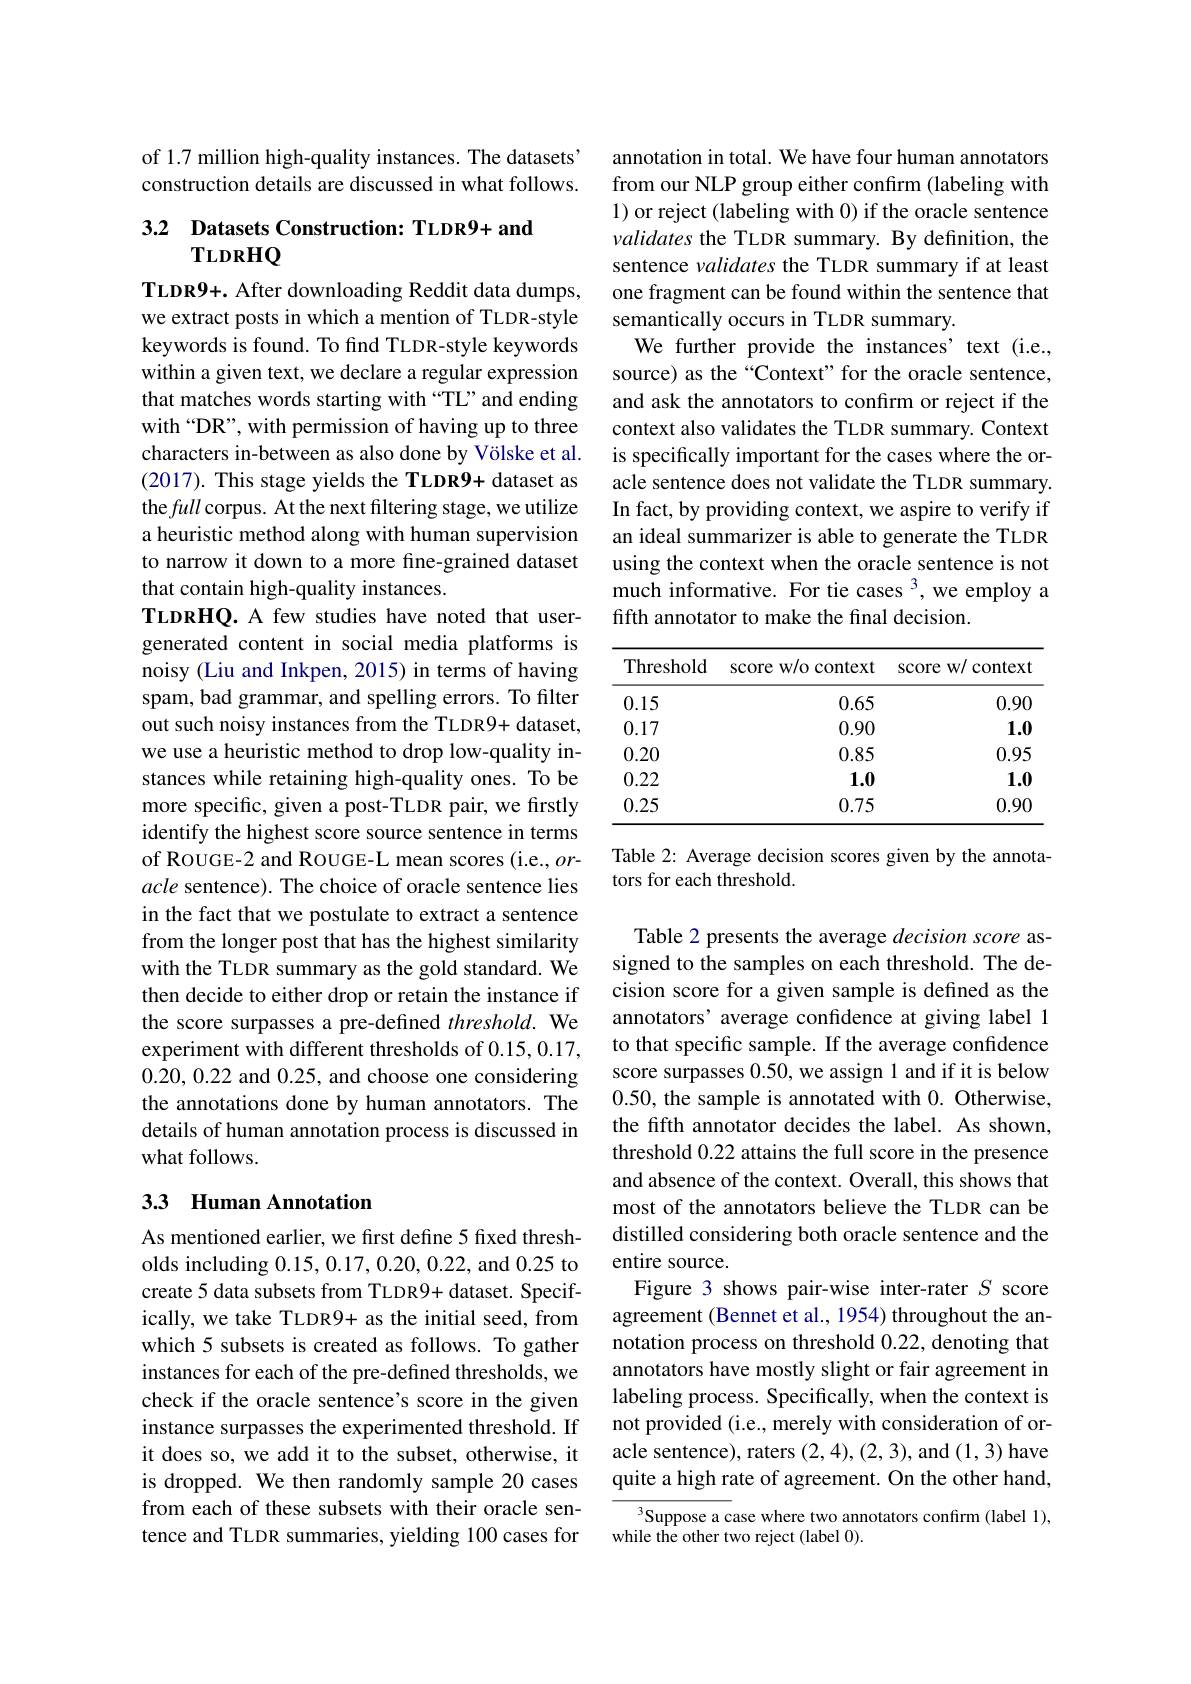
of 1.7 million high-quality instances. The datasets" construction details are discussed in what follows.

## 3.2 Datasets Construction: TLDR9+ and TLDRHQ

TLDR9+. After downloading Reddit data dumps, we extract posts in which a mention of TLDR-style keywords is found. To find TLDR-style keywords within a given text, we declare a regular expression that matches words starting with “TL”and ending with“DR”, with permission of having up to three characters in-between as also done by Völske et al. (2017). This stage yields the TLDR9+ dataset as the full corpus. At the next filtering stage, we utilize a heuristic method along with human supervision to narrow it down to a more fine-grained dataset that contain high-quality instances.
TLDRHQ. A few studies have noted that usergenerated content in social media platforms is noisy (Liu and Inkpen, 2015) in terms of having spam, bad grammar, and spelling errors. To filter out such noisy instances from the TLDR9+ dataset, we use a heuristic method to drop low-quality instances while retaining high-quality ones. To be more specific, given a post-TLDR pair, we firstly identify the highest score source sentence in terms of ROUGE-2 and ROUGE-L mean scores (i.e., oracle sentence). The choice of oracle sentence lies in the fact that we postulate to extract a sentence from the longer post that has the highest similarity with the TLDR summary as the gold standard. We then decide to either drop or retain the instance if the score surpasses a pre-defined threshold. We experiment with different thresholds of 0.15,0.17, 0.20,0.22 and 0.25, and choose one considering the annotations done by human annotators. The details of human annotation process is discussed in what follows.
33 Human Annotation

As mentioned earlier, we first define 5 fixed thresholds including 0.15,0.17,0.20,0.22, and 0.25 to create 5 data subsets from TLDR9+ dataset. Specifically, we take TLDR9+ as the initial seed, from which 5 subsets is created as follows. To gather instances for each of the pre-defined thresholds, we check if the oracle sentence's score in the given instance surpasses the experimented threshold. If it does so, we add it to the subset, otherwise, it is dropped. We then randomly sample 20 cases from each of these subsets with their oracle sentence and TLDR summaries, yielding 100 cases for

annotation in total. We have four human annotators from our NLP group either confirm (labeling with 1) or reject (labeling with 0) if the oracle sentence validates the TLDR summary. By definition, the sentence validates the TLDR summary if at least one fragment can be found within the sentence that semantically occurs in TLDR summary.
We further provide the instances' text (i.e., source) as the “Context”for the oracle sentence, and ask the annotators to confirm or reject if the context also validates the TLDR summary. Context is specifically important for the cases where the oracle sentence does not validate the TLDR summary. In fact, by providing context, we aspire to verify if an ideal summarizer is able to generate the TLDR using the context when the oracle sentence is not much informative. For tie cases 3, we employ a fifth annotator to make the final decision.

<table>
	<tbody>
		<tr>
			<th>Threshold</th>
			<th>score w/o context</th>
			<th>score w/ context</th>
		</tr>
		<tr>
			<td>0.15</td>
			<td>0.65</td>
			<td>0.90</td>
		</tr>
		<tr>
			<td>0.17</td>
			<td>0.90</td>
			<td>1.0</td>
		</tr>
		<tr>
			<td>0.20</td>
			<td>0.85</td>
			<td>0.95</td>
		</tr>
		<tr>
			<td>0.22</td>
			<td>1.0</td>
			<td>1.0</td>
		</tr>
		<tr>
			<td>0.25</td>
			<td>0.75</td>
			<td>0.90</td>
		</tr>
	</tbody>
</table>

Table 2: Average decision scores given by the annota-
tors for each threshold.

Table 2 presents the average decision score assigned to the samples on each threshold. The decision score for a given sample is defined as the annotators’ average confidence at giving label 1 to that specific sample. If the average confidence score surpasses 0.50, we assign 1 and if it is below 0.50, the sample is annotated with 0. Otherwise, the fifth annotator decides the label. As shown, threshold 0.22 attains the full score in the presence and absence of the context. Overall, this shows that most of the annotators believe the TLDR can be distilled considering both oracle sentence and the entire source.
Figure 3 shows pair-wise inter-rater $S$ score agreement (Bennet et al., 1954) throughout the annotation process on threshold 0.22, denoting that annotators have mostly slight or fair agreement in labeling process. Specifically, when the context is not provided (i.e., merely with consideration of oracle sentence), raters (2,4),(2,3), and (1,3) have quite a high rate of agreement. On the other hand,

$^{3}$Suppose a case where two annotators confirm (label 1),
while the other two reject (label 0).